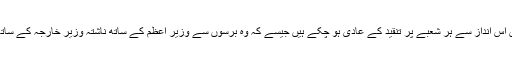
آج کل کچھ مخصوص لوگ یا لابی ہم کہہ سکتے ہیں اِس انداز سے ہر شعبے پر تنقید کے عادی ہو چکے ہیں جیسے کہ وہ برسوں سے وزیر اعظم کے ساتھ ناشتہ وزیر خارجہ کے ساتھ لنچ اور وزیر دفاع کے ساتھ ڈنر کرتے آرہے ہوں۔